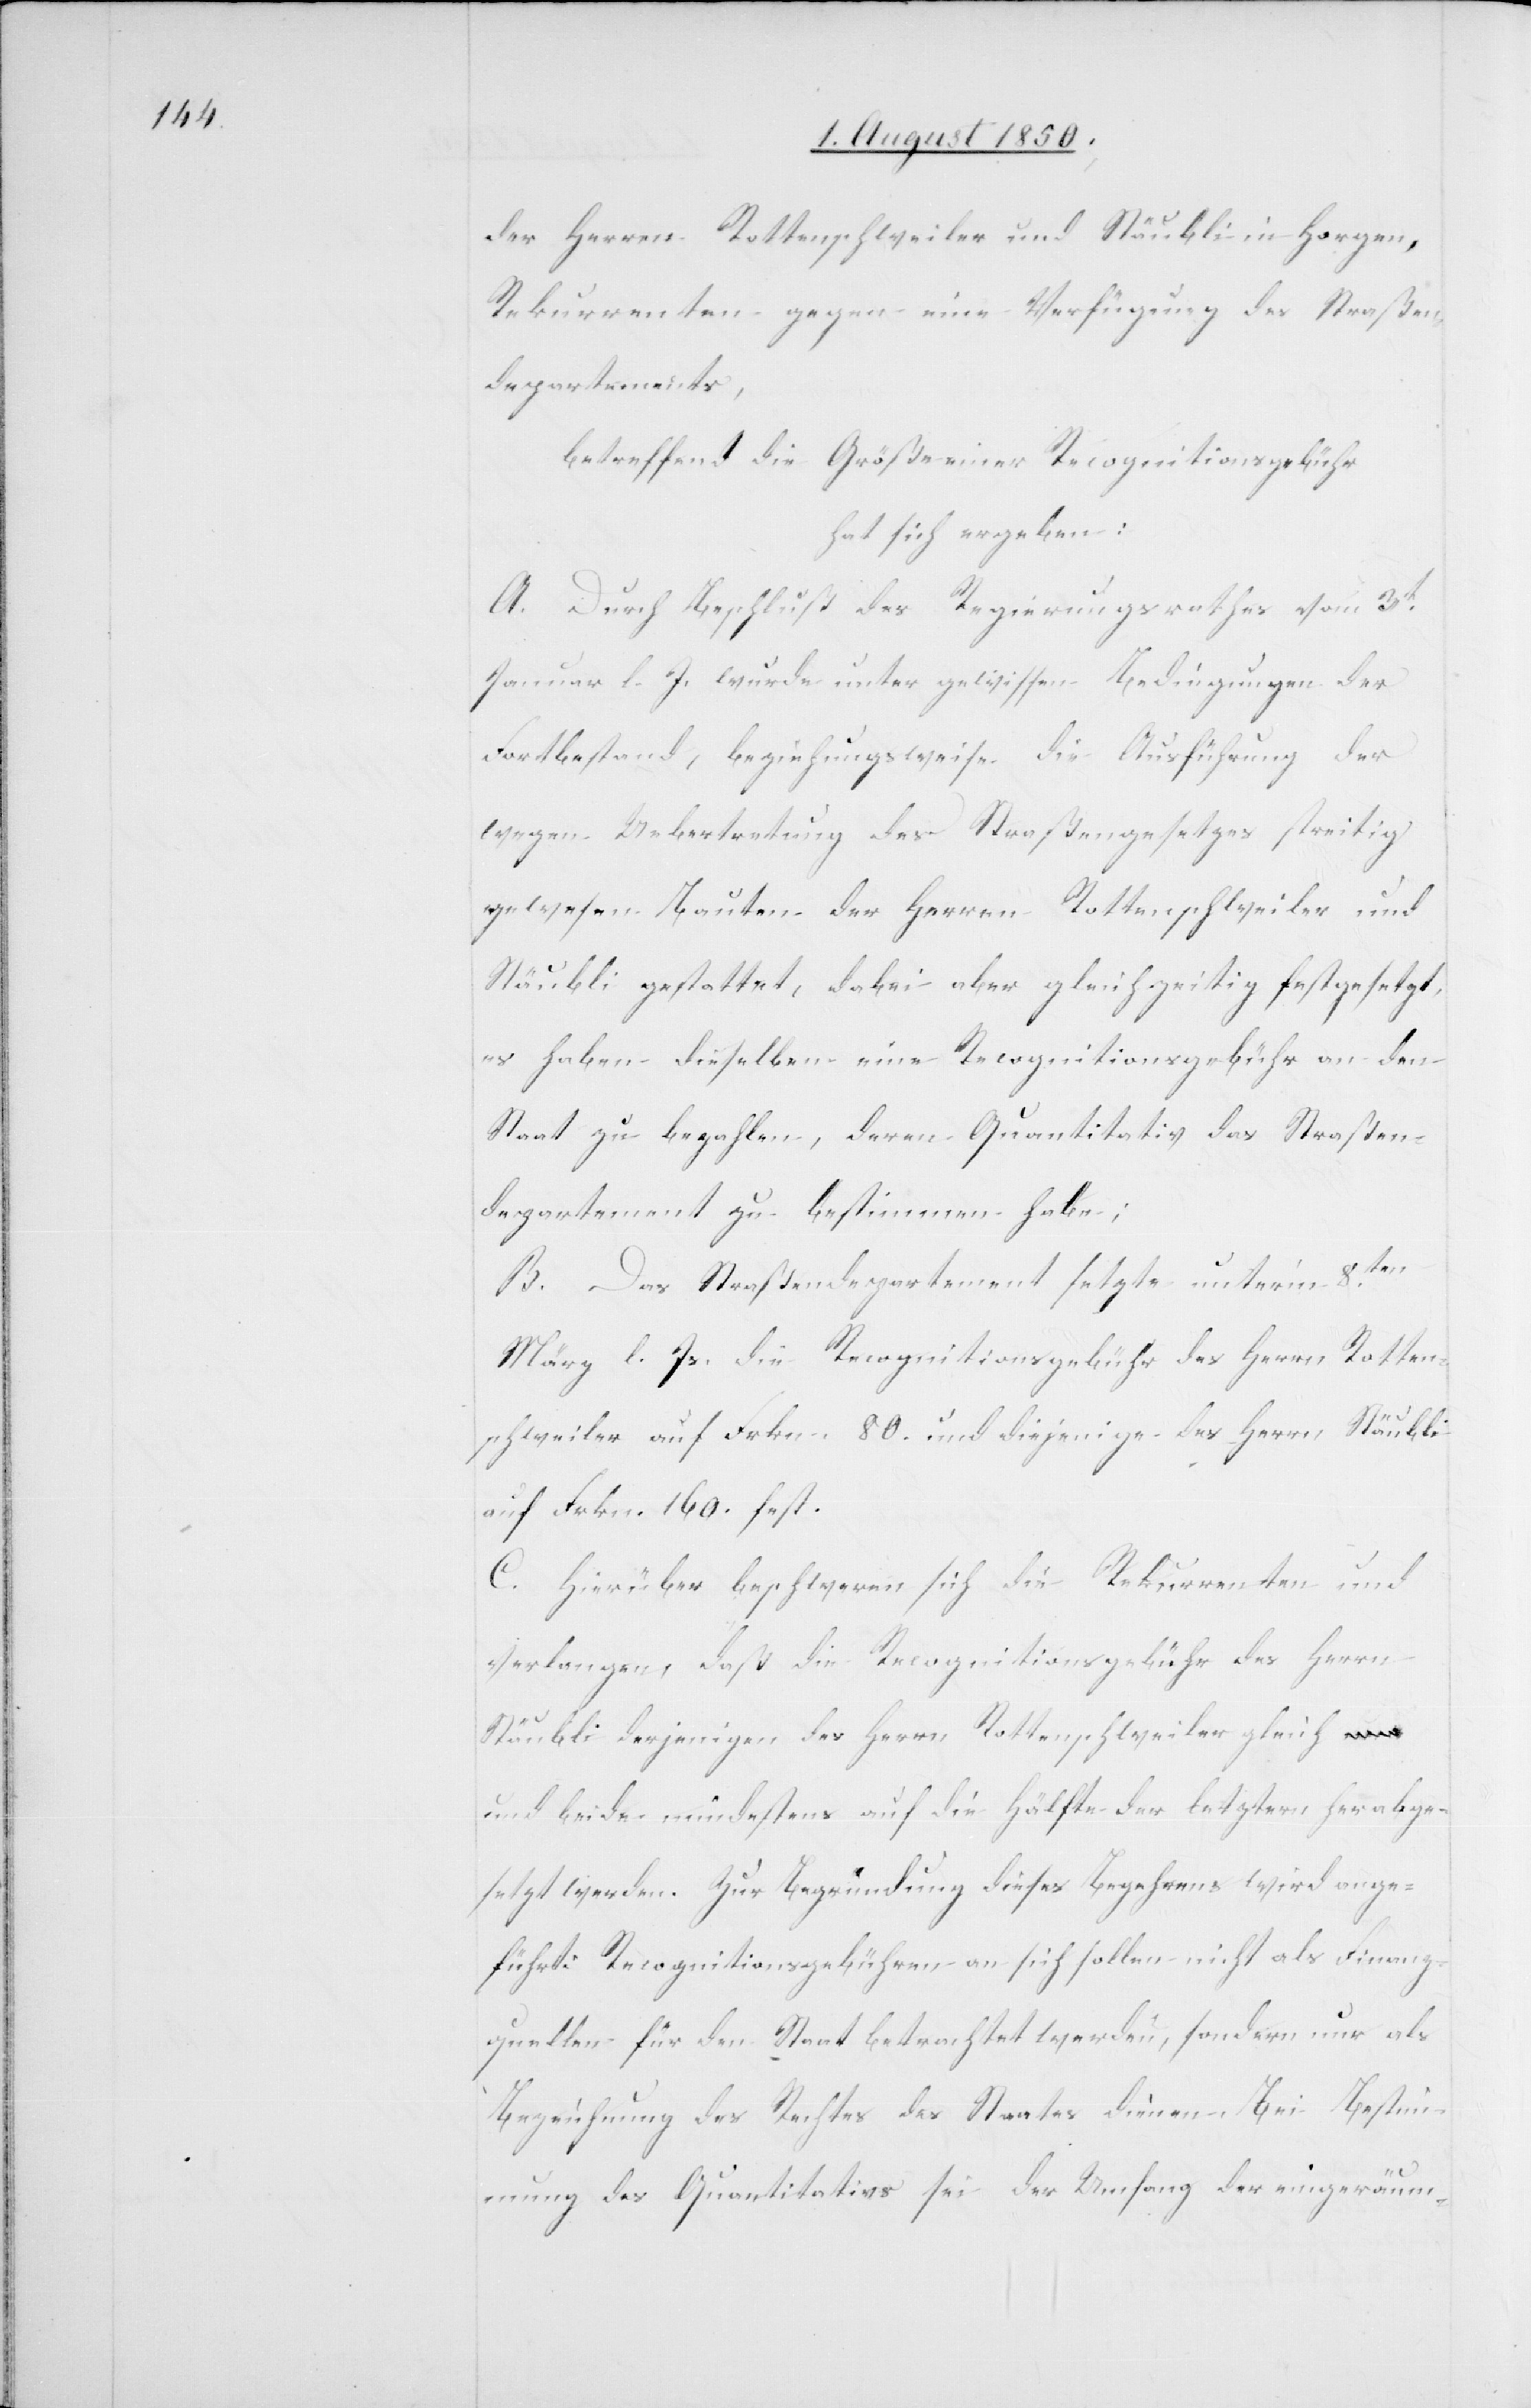
der Herren Rottenschweiler und Stäubli in Horgen,
Rekurrenten gegen eine Verfügung des Straßen¬
departements,
betreffend die Größe einer Recognitionsgebühr
hat sich ergeben:
A. Durch Beschluß des Regierungsrathes vom 3t
Januar l. J. wurde unter gewissen Bedingungen der
Fortbestand, beziehungsweise die Ausführung der
wegen Uebertretung des Straßengesetzes streitig
gewesen Bauten der Herren Rottenschweiler und
Stäubli gestattet, dabei aber gleichzeitig festgesetzt,
es haben dieselben eine Recognitionsgebühr an den
Staat zu bezahlen, deren Quantitativ das Straßen¬
departement zu bestimmen habe;
B. Das Straßendepartement setzte unterm 8ten
März l. Js. die Recognitionsgebühr des Herrn Rotten¬
schweiler auf Frkn. 80. und diejenige des Herrn Stäubli
auf Frkn. 160. fest.
C. Hierüber beschweren sich die Rekurrenten und
verlangen, daß die Recognitionsgebühr des Herrn
Stäubli derjenigen des Herrn Rottenschwieler gleich
und beide mindestens auf die Hälfte der letztern herabge¬
setzt werden. Zur Begründung dieses Begehrens wird ange¬
führt: Recognitionsgebühren an sich sollen nicht als Finanz¬
quellen für den Staat betrachtet werden, sondern nur als
Bezeichnung des Rechtes des Staates dienen. Bei Bestim¬
mung des Quantitativs sei der Umfang der eingeräum-